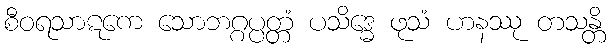
စီဝရသာဋကေ သောဘဂ္ဂပ္ပတ္တံ ပသိဒ္ဓေ ဖုသံ ဟနဿု တသန္တိ